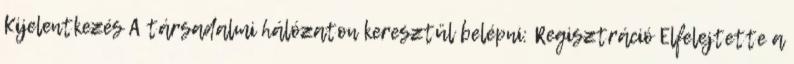
Kijelentkezés A társadalmi hálózaton keresztül belépni: Regisztráció Elfelejtette a